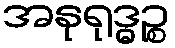
အနုရုဒ္ဓဉ္စ